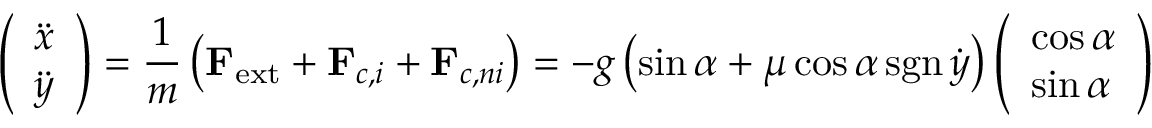
{ \left( \begin{array} { l } { { \ddot { x } } } \\ { { \ddot { y } } } \end{array} \right) } = { \frac { 1 } { m } } \left( \mathbf { F } _ { \mathrm { e x t } } + \mathbf { F } _ { c , i } + \mathbf { F } _ { c , n i } \right) = - g \left( \sin \alpha + \mu \cos \alpha \operatorname { s g n } { \dot { y } } \right) { \left( \begin{array} { l } { \cos \alpha } \\ { \sin \alpha } \end{array} \right) }